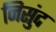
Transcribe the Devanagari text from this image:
निसुंद